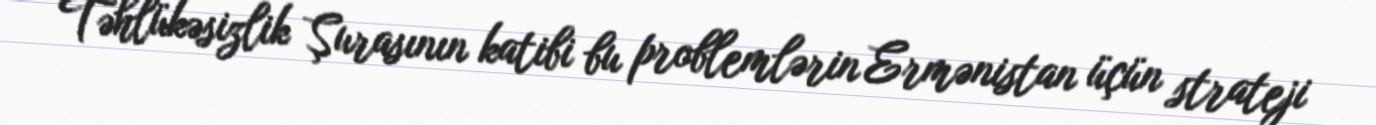
Təhlükəsizlik Şurasının katibi bu problemlərin Ermənistan üçün strateji